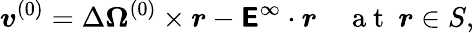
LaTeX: \boldsymbol{v}^{(0)}=\Delta\boldsymbol{\Omega}^{(0)}\times\boldsymbol{r}-\boldsymbol{\mathsf{E}}^{\infty}\cdot\boldsymbol{r}\quad\mathrm{~a~t~\ }\boldsymbol{r}\in S,